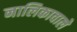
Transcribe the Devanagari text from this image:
नालिकावाले